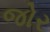
જોર